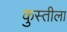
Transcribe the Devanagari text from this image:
कुस्तीला